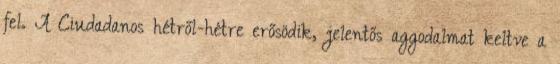
fel. A Ciudadanos hétről-hétre erősödik, jelentős aggodalmat keltve a